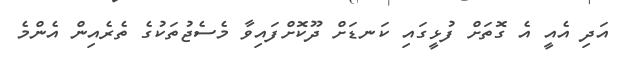
އަދި އެއީ އެ ގޮތަށް ފުޅީގައި ކަނޑަށް ދޫކޮށްފައިވާ މެސެޖުތަކުގެ ތެރެއިން އެންމެ